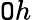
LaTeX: \mathtt{O}h